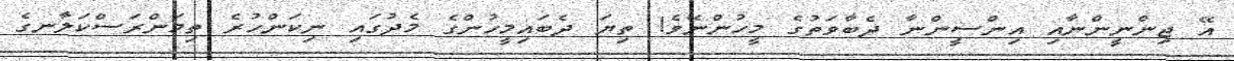
އޭ ޖިންނީންނާއި އިންސީންނާ ދެބާވަތުގެ މީހުންނޭވެ! ތިޔަ ދެބައިމީހުންގެ މެދުގައި ނިކަންހުރެ ތިމަންރަސްކަލާނގެ